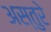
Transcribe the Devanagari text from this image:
अस्तुरे